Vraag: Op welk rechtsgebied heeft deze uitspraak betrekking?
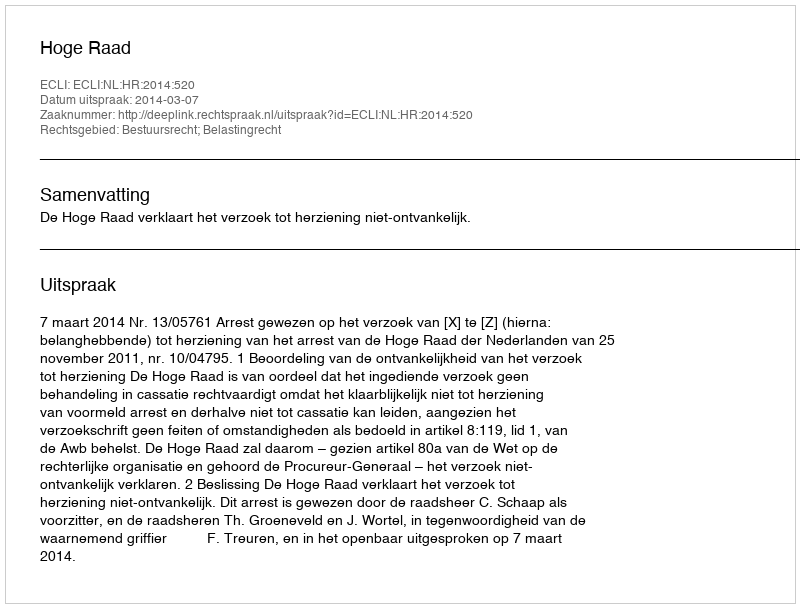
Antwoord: Bestuursrecht; Belastingrecht